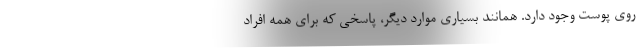
روی پوست وجود دارد. همانند بسیاری موارد دیگر، پاسخی که برای همه افراد